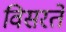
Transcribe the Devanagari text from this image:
विसरते